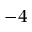
^ { - 4 }